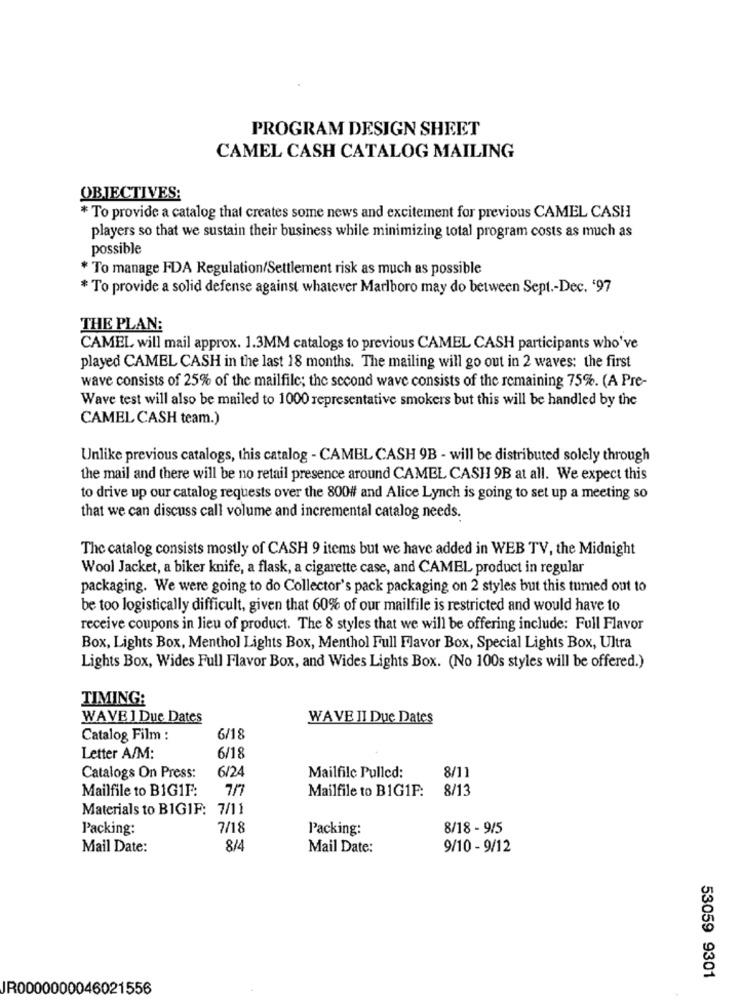
PROGRAM DESIGN SHEET
CAMEL CASH CATALOG MAILING
OBJECTIVES:
* To provide a catalog that creates some news and excitement for previous CAMEL CASH
players so that we sustain their business while minimizing total program costs as much as
possible
* To manage FDA Regulation/Settlement risk as much as possible
* To provide a solid defense against whatever Marlboro may do between Sept .- Dec. '97
THE PLAN:
CAMEL will mail approx. 1.3MM catalogs to previous CAMEL CASH participants who've
played CAMEL CASH in the last 18 months. The mailing will go out in 2 waves: the first
wave consists of 25% of the mailfile; the second wave consists of the remaining 75%. (A Pre-
Wave test will also be mailed to 1000 representative smokers but this will be handled by the
CAMEL CASH team.)
Unlike previous catalogs, this catalog - CAMBL CASH 9B - will be distributed solely through
the mail and there will be no retail presence around CAMEL CASH 9B at all. We expect this
to drive up our catalog requests over the 800# and Alice Lynch is going to set up a meeting so
that we can discuss call volume and incremental catalog needs.
The catalog consists mostly of CASH 9 items but we have added in WEB TV, the Midnight
Wool Jacket, a biker knife, a flask, a cigarette case, and CAMEL product in regular
packaging. We were going to do Collector's pack packaging on 2 styles but this tumed out to
be too logistically difficult, given that 60% of our mailfile is restricted and would have to
receive coupons in lieu of product. The 8 styles that we will be offering include: Full Flavor
Box, Lights Box, Menthol Lights Box, Menthol Full Flavor Box, Special Lights Box, Ultra
Lights Box, Wides Full Flavor Box, and Wides Lights Box. (No 100s styles will be offered.)
TIMING:
WAVE ] Due Dates
WAVE II Due Dates
Catalog Film :
6/18
Letter A/M:
6/18
6/24
Catalogs On Press:
Mailfilc Pulled:
8/11
Mailfile to BIG1F:
Mailfile to BIG1F:
8/13
Materials to BIGIF: 7/11
Packing:
7/18
Packing:
8/18 - 9/5
Mail Date:
8/4
Mail Date:
9/10 - 9/12
53059 9301
JR0000000046021556